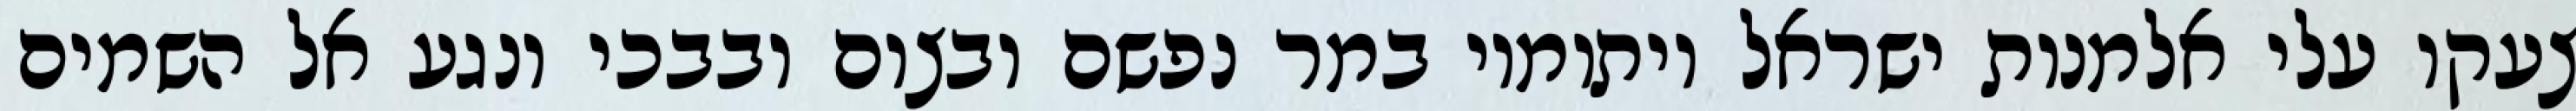
צעקו עלי אלמנות ישראל ויתומיו במר נפשם ובצום ובבכי ונגע אל השמים